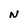
Character: N